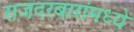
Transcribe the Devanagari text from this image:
राजदरबारांमध्ये